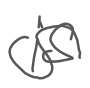
Text: is
Cross-out: wave
Writing tool: digital_gray